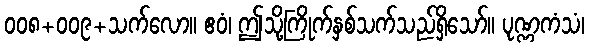
၀၀၈+၀၀၉+သက်လော။ ဧဝံ၊ ဤသို့ကြိုက်နှစ်သက်သည်ရှိသော်။ ပုဏ္ဏကံသံ၊